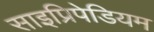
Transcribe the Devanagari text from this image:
साइप्रिपेडियम